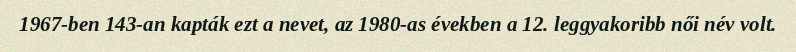
1967-ben 143-an kapták ezt a nevet, az 1980-as években a 12. leggyakoribb női név volt.